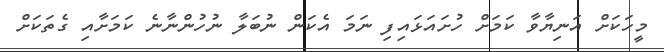
މީހަކަށް އަނިޔާވާ ކަމަށް ހުށައަޅައިފި ނަމަ އެކަން ނުބަލާ ނުހުންނާނެ ކަމަށާއި ގެތަކަށް